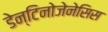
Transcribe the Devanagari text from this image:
डेन्टिनोजेनेसिस